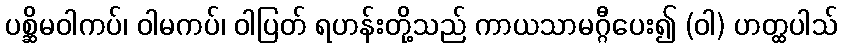
ပစ္ဆိမဝါကပ်၊ ဝါမကပ်၊ ဝါပြတ် ရဟန်းတို့သည် ကာယသာမဂ္ဂီပေး၍ (ဝါ) ဟတ္ထပါသ်